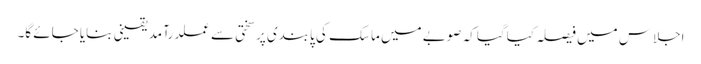
اجلاس میں فیصلہ کیاگیا کہ صوبے میں ماسک کی پابندی پرسختی سے عملدرآمد یقینی بنایا جائے گا۔